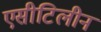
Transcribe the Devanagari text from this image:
एसीटिलीन